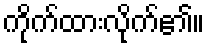
ကိုက်ထားလိုက်၏။